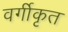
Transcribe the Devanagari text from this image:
वर्गीकृत